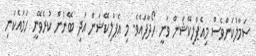
ސަމާލުކަންވެސް މިއެޕްލިކޭޝަން ވަނީ ހޯދާފައެވެ. މި އެޕްލިކޭޝަން އަދި ބޭނުން ކުރެވޭނީ ހަމައެކަނި